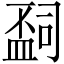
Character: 𬐩